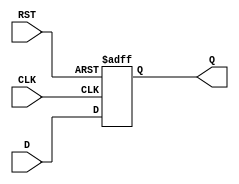
module store_register (
    input wire [N-1:0] D,      // Data Input (N-bit wide)
    input wire CLK,             // Clock Signal
    input wire RST,             // Asynchronous Reset
    output reg [N-1:0] Q        // Data Output (N-bit wide)
);
    parameter N = 8;            // Define the width of the register (default is 8 bits)

    // Asynchronous Reset and Synchronous Data Capture
    always @(posedge CLK or posedge RST) begin
        if (RST) begin
            Q <= {N{1'b0}};      // Clear the register (set to 0)
        end else begin
            Q <= D;              // Capture the input data on the rising edge of CLK
        end
    end
endmodule